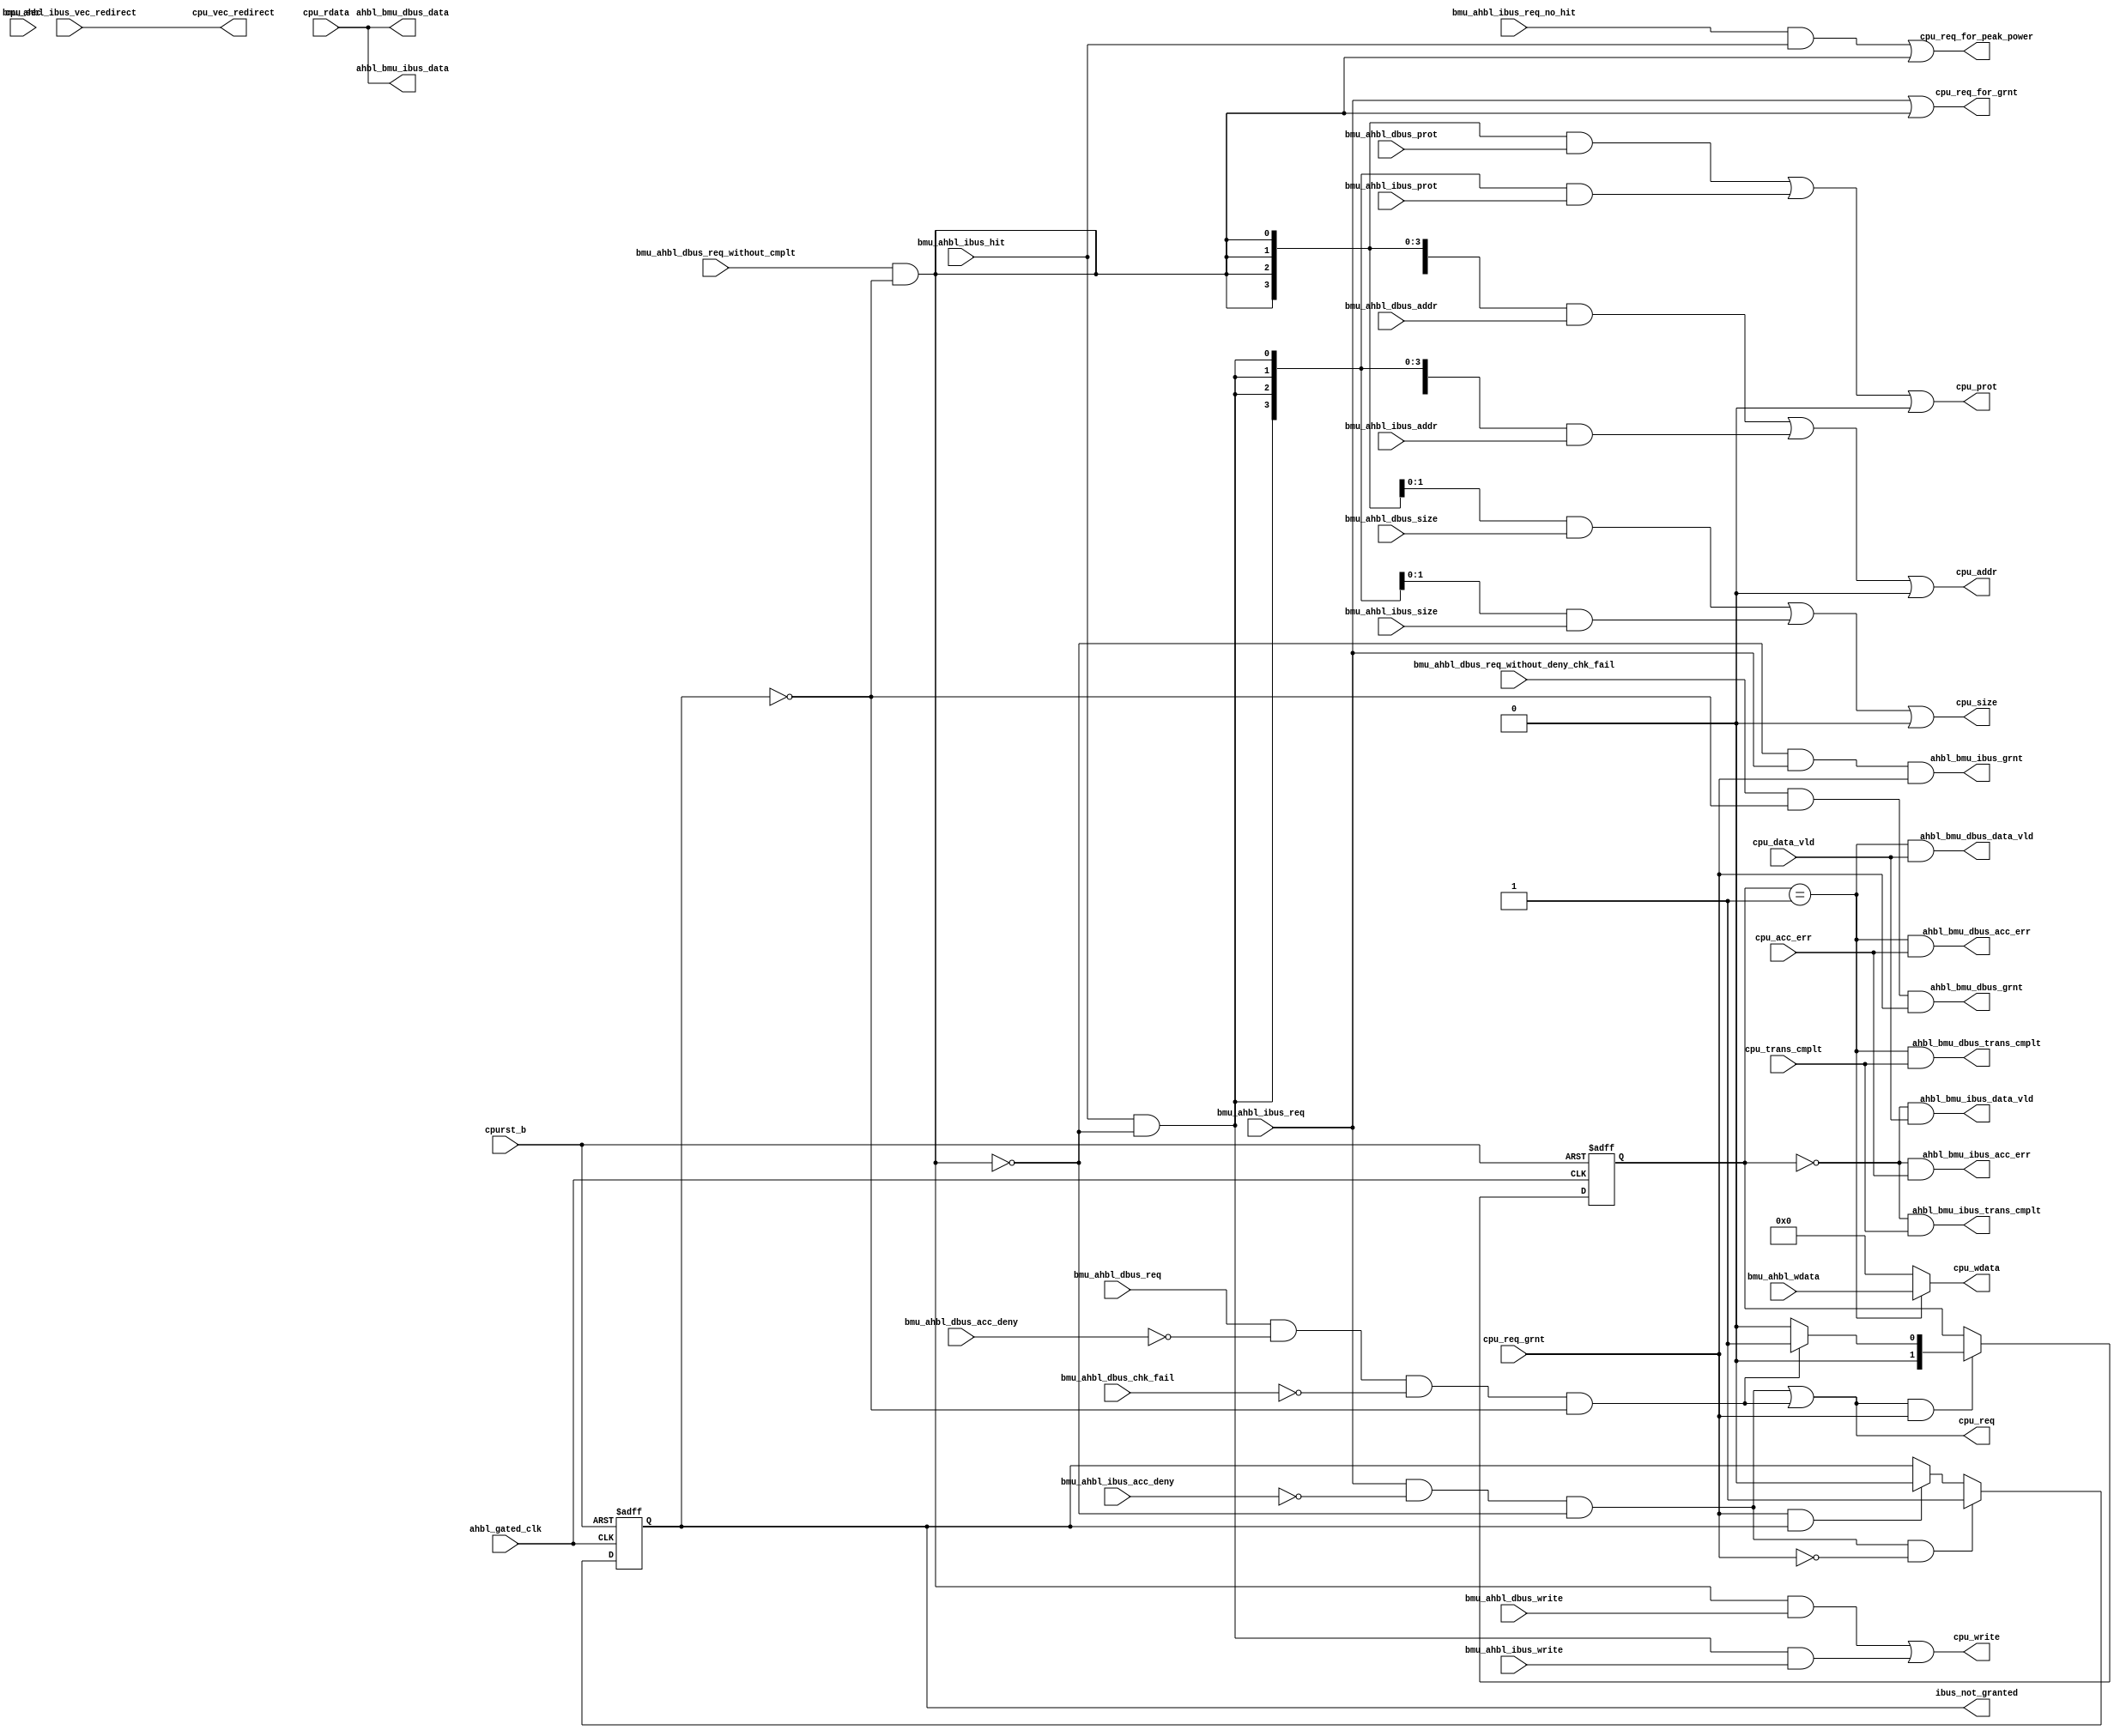
/*Copyright 2018-2021 T-Head Semiconductor Co., Ltd.

Licensed under the Apache License, Version 2.0 (the "License");
you may not use this file except in compliance with the License.
You may obtain a copy of the License at

    http://www.apache.org/licenses/LICENSE-2.0

Unless required by applicable law or agreed to in writing, software
distributed under the License is distributed on an "AS IS" BASIS,
WITHOUT WARRANTIES OR CONDITIONS OF ANY KIND, either express or implied.
See the License for the specific language governing permissions and
limitations under the License.
*/
module cr_ahbl_req_arb(
  ahbl_bmu_dbus_acc_err,
  ahbl_bmu_dbus_data,
  ahbl_bmu_dbus_data_vld,
  ahbl_bmu_dbus_grnt,
  ahbl_bmu_dbus_trans_cmplt,
  ahbl_bmu_ibus_acc_err,
  ahbl_bmu_ibus_data,
  ahbl_bmu_ibus_data_vld,
  ahbl_bmu_ibus_grnt,
  ahbl_bmu_ibus_trans_cmplt,
  ahbl_gated_clk,
  bmu_ahbl_dbus_acc_deny,
  bmu_ahbl_dbus_addr,
  bmu_ahbl_dbus_chk_fail,
  bmu_ahbl_dbus_prot,
  bmu_ahbl_dbus_req,
  bmu_ahbl_dbus_req_without_cmplt,
  bmu_ahbl_dbus_req_without_deny_chk_fail,
  bmu_ahbl_dbus_size,
  bmu_ahbl_dbus_write,
  bmu_ahbl_ibus_acc_deny,
  bmu_ahbl_ibus_addr,
  bmu_ahbl_ibus_hit,
  bmu_ahbl_ibus_prot,
  bmu_ahbl_ibus_req,
  bmu_ahbl_ibus_req_no_hit,
  bmu_ahbl_ibus_size,
  bmu_ahbl_ibus_vec_redirect,
  bmu_ahbl_ibus_write,
  bmu_ahbl_wdata,
  cpu_acc_err,
  cpu_addr,
  cpu_data_vld,
  cpu_prot,
  cpu_rdata,
  cpu_req,
  cpu_req_for_grnt,
  cpu_req_for_peak_power,
  cpu_req_grnt,
  cpu_sec,
  cpu_size,
  cpu_trans_cmplt,
  cpu_vec_redirect,
  cpu_wdata,
  cpu_write,
  cpurst_b,
  ibus_not_granted
);

// &Ports; @23
input           ahbl_gated_clk;                         
input           bmu_ahbl_dbus_acc_deny;                 
input   [31:0]  bmu_ahbl_dbus_addr;                     
input           bmu_ahbl_dbus_chk_fail;                 
input   [3 :0]  bmu_ahbl_dbus_prot;                     
input           bmu_ahbl_dbus_req;                      
input           bmu_ahbl_dbus_req_without_cmplt;        
input           bmu_ahbl_dbus_req_without_deny_chk_fail; 
input   [1 :0]  bmu_ahbl_dbus_size;                     
input           bmu_ahbl_dbus_write;                    
input           bmu_ahbl_ibus_acc_deny;                 
input   [31:0]  bmu_ahbl_ibus_addr;                     
input           bmu_ahbl_ibus_hit;                      
input   [3 :0]  bmu_ahbl_ibus_prot;                     
input           bmu_ahbl_ibus_req;                      
input           bmu_ahbl_ibus_req_no_hit;               
input   [1 :0]  bmu_ahbl_ibus_size;                     
input           bmu_ahbl_ibus_vec_redirect;             
input           bmu_ahbl_ibus_write;                    
input   [31:0]  bmu_ahbl_wdata;                         
input           cpu_acc_err;                            
input           cpu_data_vld;                           
input   [31:0]  cpu_rdata;                              
input           cpu_req_grnt;                           
input           cpu_sec;                                
input           cpu_trans_cmplt;                        
input           cpurst_b;                               
output          ahbl_bmu_dbus_acc_err;                  
output  [31:0]  ahbl_bmu_dbus_data;                     
output          ahbl_bmu_dbus_data_vld;                 
output          ahbl_bmu_dbus_grnt;                     
output          ahbl_bmu_dbus_trans_cmplt;              
output          ahbl_bmu_ibus_acc_err;                  
output  [31:0]  ahbl_bmu_ibus_data;                     
output          ahbl_bmu_ibus_data_vld;                 
output          ahbl_bmu_ibus_grnt;                     
output          ahbl_bmu_ibus_trans_cmplt;              
output  [31:0]  cpu_addr;                               
output  [3 :0]  cpu_prot;                               
output          cpu_req;                                
output          cpu_req_for_grnt;                       
output          cpu_req_for_peak_power;                 
output  [1 :0]  cpu_size;                               
output          cpu_vec_redirect;                       
output  [31:0]  cpu_wdata;                              
output          cpu_write;                              
output          ibus_not_granted;                       

// &Regs; @24
reg     [1 :0]  cpu_req_bus_grnt;                       
reg     [1 :0]  cpu_req_type;                           
reg             ibus_not_granted;                       

// &Wires; @25
wire            ahbl_bmu_dbus_acc_err;                  
wire    [31:0]  ahbl_bmu_dbus_data;                     
wire            ahbl_bmu_dbus_data_vld;                 
wire            ahbl_bmu_dbus_grnt;                     
wire            ahbl_bmu_dbus_trans_cmplt;              
wire            ahbl_bmu_ibus_acc_err;                  
wire    [31:0]  ahbl_bmu_ibus_data;                     
wire            ahbl_bmu_ibus_data_vld;                 
wire            ahbl_bmu_ibus_grnt;                     
wire            ahbl_bmu_ibus_trans_cmplt;              
wire            ahbl_gated_clk;                         
wire            bmu_ahbl_dbus_acc_deny;                 
wire    [31:0]  bmu_ahbl_dbus_addr;                     
wire            bmu_ahbl_dbus_chk_fail;                 
wire    [3 :0]  bmu_ahbl_dbus_prot;                     
wire            bmu_ahbl_dbus_req;                      
wire            bmu_ahbl_dbus_req_without_cmplt;        
wire            bmu_ahbl_dbus_req_without_deny_chk_fail; 
wire    [1 :0]  bmu_ahbl_dbus_size;                     
wire            bmu_ahbl_dbus_write;                    
wire    [31:0]  bmu_ahbl_had_addr;                      
wire    [3 :0]  bmu_ahbl_had_prot;                      
wire    [1 :0]  bmu_ahbl_had_size;                      
wire    [31:0]  bmu_ahbl_had_wdata;                     
wire            bmu_ahbl_had_write;                     
wire            bmu_ahbl_ibus_acc_deny;                 
wire    [31:0]  bmu_ahbl_ibus_addr;                     
wire            bmu_ahbl_ibus_hit;                      
wire    [3 :0]  bmu_ahbl_ibus_prot;                     
wire            bmu_ahbl_ibus_req;                      
wire            bmu_ahbl_ibus_req_no_hit;               
wire    [1 :0]  bmu_ahbl_ibus_size;                     
wire            bmu_ahbl_ibus_vec_redirect;             
wire            bmu_ahbl_ibus_write;                    
wire    [31:0]  bmu_ahbl_wdata;                         
wire            cpu_acc_err;                            
wire    [31:0]  cpu_addr;                               
wire            cpu_data_vld;                           
wire    [3 :0]  cpu_prot;                               
wire    [31:0]  cpu_rdata;                              
wire            cpu_req;                                
wire            cpu_req_dbus_grnt;                      
wire            cpu_req_for_grnt;                       
wire            cpu_req_for_peak_power;                 
wire            cpu_req_grnt;                           
wire            cpu_req_ibus_grnt;                      
wire    [1 :0]  cpu_size;                               
wire            cpu_trans_cmplt;                        
wire            cpu_vec_redirect;                       
wire    [31:0]  cpu_wdata;                              
wire            cpu_write;                              
wire            cpurst_b;                               
wire            dbus_req;                               
wire            dbus_req_without_deny_chk_fail;         
wire            dbus_req_without_deny_chk_fail_cmplt;   
wire            dbus_sel;                               
wire            had_req;                                
wire            had_req_without_cmplt;                  
wire            had_sel;                                
wire            ibus_req;                               
wire            ibus_req_only;                          
wire            ibus_req_without_deny;                  
wire            ibus_sel;                               


//=============================================================
//
//       generate request to ahb interface by priority
//
//=============================================================
assign had_req = 1'b0;
assign had_req_without_cmplt = 1'b0;
assign had_sel = 1'b0;
assign bmu_ahbl_had_addr[31:0] = 32'b0;
assign bmu_ahbl_had_prot[3:0]  = 4'b0;
assign bmu_ahbl_had_size[1:0]  = 2'b0;
assign bmu_ahbl_had_wdata[31:0] = 32'b0;
assign bmu_ahbl_had_write = 1'b0;
assign ibus_req = bmu_ahbl_ibus_req && !bmu_ahbl_ibus_acc_deny;
assign ibus_req_without_deny = bmu_ahbl_ibus_req;
assign dbus_req = bmu_ahbl_dbus_req && !bmu_ahbl_dbus_acc_deny 
              && !bmu_ahbl_dbus_chk_fail && !ibus_not_granted;
assign dbus_req_without_deny_chk_fail = bmu_ahbl_dbus_req_without_deny_chk_fail 
                                    && !ibus_not_granted;

assign dbus_req_without_deny_chk_fail_cmplt = bmu_ahbl_dbus_req_without_cmplt 
                                          && !ibus_not_granted;

assign ibus_sel = bmu_ahbl_ibus_hit && !dbus_req_without_deny_chk_fail_cmplt && !had_req_without_cmplt;
//assign dbus_sel = dbus_req_without_deny_chk_fail_cmplt || !inst_bus && !ibus_req_without_deny;
assign dbus_sel = dbus_req_without_deny_chk_fail_cmplt && !had_req_without_cmplt;

assign cpu_req = (ibus_req && !dbus_req_without_deny_chk_fail_cmplt && !had_req_without_cmplt) 
                 || dbus_req && !had_req_without_cmplt || had_req;
assign cpu_req_for_grnt = ibus_req_without_deny || dbus_req_without_deny_chk_fail_cmplt || had_req_without_cmplt;
assign cpu_req_for_peak_power = bmu_ahbl_ibus_req_no_hit && bmu_ahbl_ibus_hit
                             || dbus_req_without_deny_chk_fail_cmplt
                             || had_req_without_cmplt;

assign cpu_addr[31:0]   = {32{dbus_sel}} & bmu_ahbl_dbus_addr[31:0]
                        | {32{ibus_sel}} & bmu_ahbl_ibus_addr[31:0]
                        | {32{had_sel}}  & bmu_ahbl_had_addr[31:0];

assign cpu_prot[3:0]    = {4{dbus_sel}}  & bmu_ahbl_dbus_prot[3:0]
                        | {4{ibus_sel}}  & bmu_ahbl_ibus_prot[3:0]
                        | {4{had_sel}}   & bmu_ahbl_had_prot[3:0];

assign cpu_size[1:0]    = {2{dbus_sel}}  & bmu_ahbl_dbus_size[1:0]
                        | {2{ibus_sel}}  & bmu_ahbl_ibus_size[1:0]
                        | {2{had_sel}}   & bmu_ahbl_had_size[1:0];

assign cpu_write        = dbus_sel       & bmu_ahbl_dbus_write
                        | ibus_sel       & bmu_ahbl_ibus_write
                        | had_sel        & bmu_ahbl_had_write; 
assign cpu_vec_redirect = bmu_ahbl_ibus_vec_redirect;

// write data has only one source, selected in top module
//assign cpu_wdata[31:0]  = {32{cpu_req_bus_grnt}} & bmu_ahbl_wdata[31:0];
assign cpu_wdata[31:0]  = (cpu_req_bus_grnt[1:0] == 2'b1) ?   bmu_ahbl_wdata[31:0] :
                                          bmu_ahbl_had_wdata[31:0];
//always @(posedge ahbl_gated_clk or negedge cpurst_b)
//begin
//  if(!cpurst_b)
//     dbus_sel_ff <= 1'b0;
//  else if(dbus_sel && cpu_req_grnt)
//     dbus_sel_ff <= 1'b1;
//  else
//     dbus_sel_ff <= 1'b0;
//end

//===================================================
//        record the current request to generate
//      the response singal to corresonding module
//===================================================
// &Force("output", "cpu_req"); @118
// &CombBeg; @119
always @( had_req
       or dbus_req
       or ibus_req)
begin
casez({had_req, dbus_req, ibus_req})
  3'b1?? : cpu_req_type[1:0] = 2'b10;
  3'b01? : cpu_req_type[1:0] = 2'b01;
  default: cpu_req_type[1:0] = 2'b0;
endcase
// &CombEnd; @125
end
//assign cpu_req_type = dbus_req || !ibus_req;
always @(posedge ahbl_gated_clk or negedge cpurst_b)
begin
  if(!cpurst_b)
    cpu_req_bus_grnt[1:0] <= 2'b0;
  else if(cpu_req && cpu_req_grnt)
    cpu_req_bus_grnt[1:0] <= cpu_req_type[1:0];
  else
    cpu_req_bus_grnt[1:0] <= cpu_req_bus_grnt[1:0];
end 

// mask dbus request grant when a previous ibus request 
// not granted by interface
// &Force("output", "ibus_not_granted"); @139
assign ibus_req_only = ibus_req && !dbus_req_without_deny_chk_fail_cmplt && !had_req_without_cmplt;
always @(posedge ahbl_gated_clk or negedge cpurst_b)
begin
  if(!cpurst_b)
    ibus_not_granted <= 1'b0;
  else if(ibus_req_only && !cpu_req_grnt)
    ibus_not_granted <= 1'b1;
  else if(cpu_req_grnt && ibus_not_granted)
    ibus_not_granted <= 1'b0;
end 


//=============================================================
//
//    generate response and data to corresponding module
//
//=============================================================

//===================================================
//              grant signal
//===================================================
assign ahbl_bmu_ibus_grnt = !dbus_req_without_deny_chk_fail_cmplt
                          && ibus_req_without_deny && cpu_req_grnt && !had_req_without_cmplt;
assign ahbl_bmu_dbus_grnt = dbus_req_without_deny_chk_fail && cpu_req_grnt && !had_req_without_cmplt;

//===================================================
//             trans compltete signal
//===================================================
assign cpu_req_ibus_grnt = (cpu_req_bus_grnt[1:0] == 2'b00);
assign cpu_req_dbus_grnt = (cpu_req_bus_grnt[1:0] == 2'b01);
assign ahbl_bmu_ibus_trans_cmplt = cpu_req_ibus_grnt && cpu_trans_cmplt;
assign ahbl_bmu_dbus_trans_cmplt = cpu_req_dbus_grnt && cpu_trans_cmplt;


//===================================================
//             data valid  signal
//===================================================
assign ahbl_bmu_ibus_data_vld = cpu_req_ibus_grnt && cpu_data_vld;
assign ahbl_bmu_dbus_data_vld = cpu_req_dbus_grnt && cpu_data_vld;


//===================================================
//             access error  signal
//===================================================
assign ahbl_bmu_ibus_acc_err = cpu_req_ibus_grnt && cpu_acc_err;
assign ahbl_bmu_dbus_acc_err = cpu_req_dbus_grnt && cpu_acc_err;


// &Force("input","cpu_sec"); @216
//===================================================
//               read data signal
//===================================================
assign ahbl_bmu_ibus_data[31:0] = cpu_rdata[31:0];
assign ahbl_bmu_dbus_data[31:0] = cpu_rdata[31:0];



// &ModuleEnd; @249
endmodule